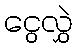
ငွေလွှဲ